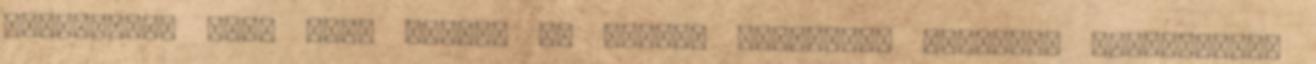
szerepelni fog, hogy milyen az épület jelenlegi állapota Energetikai